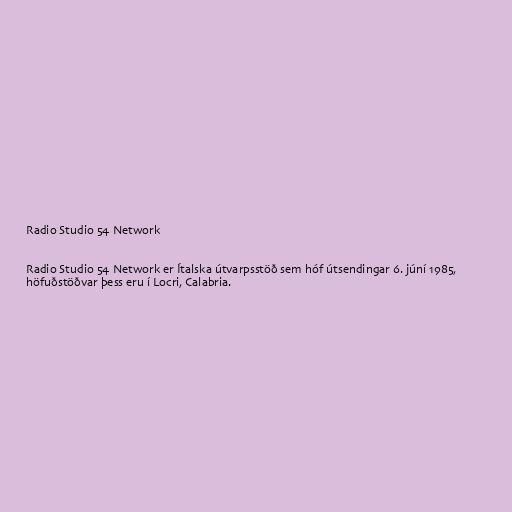
Radio Studio 54 Network

Radio Studio 54 Network er Ítalska útvarpsstöð sem hóf útsendingar 6. júní 1985,
höfuðstöðvar þess eru í Locri, Calabria.